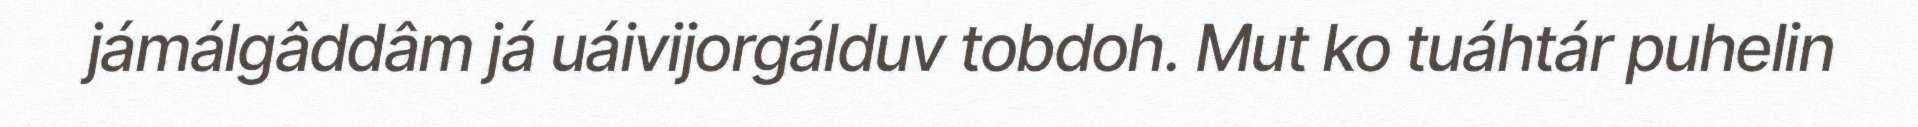
jámálgâddâm já uáivijorgálduv tobdoh. Mut ko tuáhtár puhelin